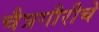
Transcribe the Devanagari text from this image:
चैत्रगौरीचे